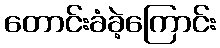
တောင်းခံခဲ့ကြောင်း